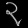
Digit: ၃